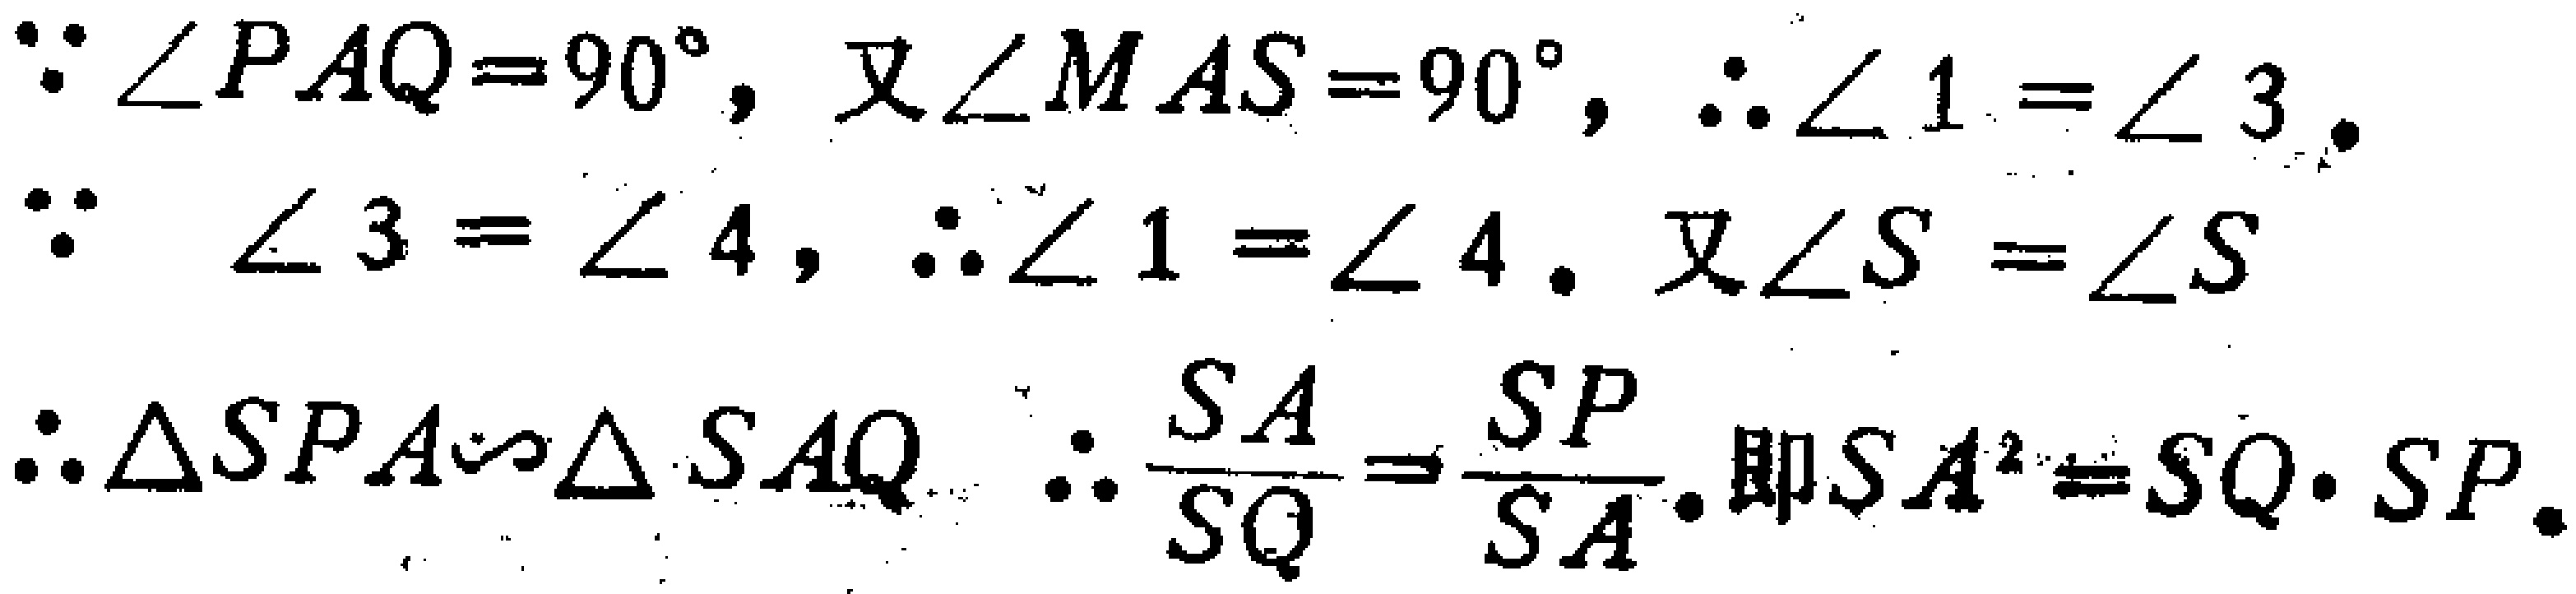
\(\because \angle PAQ = 90^{\circ}, \text{ 又 } \angle MAS = 90^{\circ}, \therefore \angle 1=\angle 3.\)

\(\because \angle 3 = \angle 4, \therefore \angle 1=\angle 4. \text{ 又 } \angle S=\angle S\)

\(\therefore \triangle SPA\sim\triangle SAQ \therefore \frac{SA}{SQ}=\frac{SP}{SA}. \text{ 即 } SA^{2}=SQ\cdot SP.\)